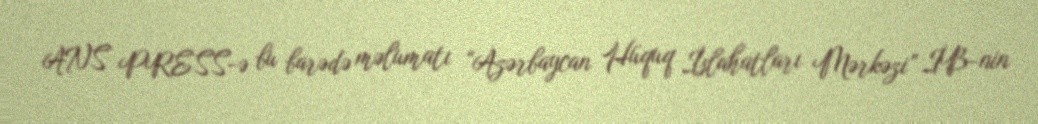
ANS PRESS-ə bu barədə məlumatı “Azərbaycan Hüquq İslahatları Mərkəzi” İB-nin